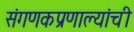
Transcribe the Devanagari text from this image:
संगणकप्रणाल्यांची